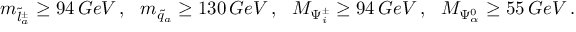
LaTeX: m _ { \tilde { l } _ { a } ^ { \pm } } \geq 9 4 \, G e V \, , \ \ m _ { \tilde { q } _ { a } } \geq 1 3 0 \, G e V \, , \ \ M _ { \Psi _ { i } ^ { \pm } } \geq 9 4 \, G e V \, , \ \ M _ { \Psi _ { \alpha } ^ { 0 } } \geq 5 5 \, G e V \, .